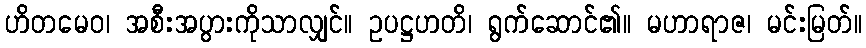
ဟိတမေဝ၊ အစီးအပွားကိုသာလျှင်။ ဥပဋ္ဌဟတိ၊ ရွက်ဆောင်၏။ မဟာရာဇ၊ မင်းမြတ်။